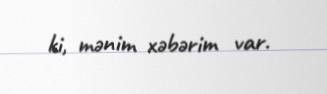
ki, mənim xəbərim var.